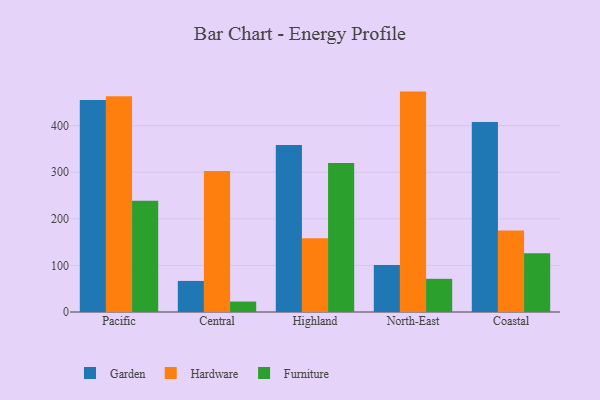
{"axis": {"x": "Region", "y": "Gross Profit (USD K)"}, "legend": ["Furniture", "Garden", "Hardware"], "data": [{"x": "Pacific", "y": 455.2, "type": "Garden"}, {"x": "Pacific", "y": 463.3, "type": "Hardware"}, {"x": "Pacific", "y": 238.8, "type": "Furniture"}, {"x": "Central", "y": 66.7, "type": "Garden"}, {"x": "Central", "y": 302.4, "type": "Hardware"}, {"x": "Central", "y": 22.4, "type": "Furniture"}, {"x": "Highland", "y": 358.6, "type": "Garden"}, {"x": "Highland", "y": 158.3, "type": "Hardware"}, {"x": "Highland", "y": 320.1, "type": "Furniture"}, {"x": "North-East", "y": 100.7, "type": "Garden"}, {"x": "North-East", "y": 473.1, "type": "Hardware"}, {"x": "North-East", "y": 71.2, "type": "Furniture"}, {"x": "Coastal", "y": 407.7, "type": "Garden"}, {"x": "Coastal", "y": 175.2, "type": "Hardware"}, {"x": "Coastal", "y": 125.9, "type": "Furniture"}]}